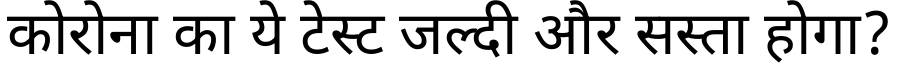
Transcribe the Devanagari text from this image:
कोरोना का ये टेस्ट जल्दी और सस्ता होगा?